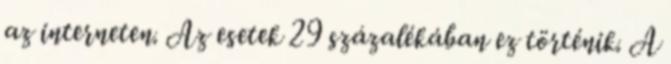
az interneten. Az esetek 29 százalékában ez történik. A